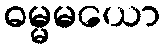
ဓမ္မမယော